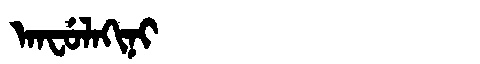
Manchu: ᠠᠨᠸᡠᠯᠠᡴᡳᠨᡳ
Romanization: ANFULAKINI